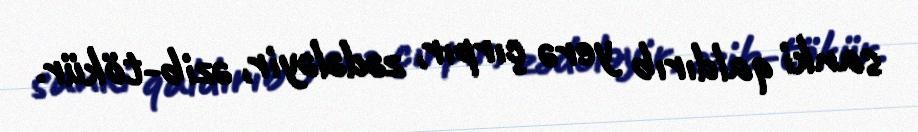
sanki qaldırıb yerə çırpır, zədələyir, əzib-tökür.